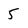
Character: 5